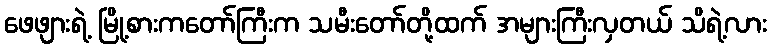
ဖေဖျားရဲ့ မြို့စားကတော်ကြီးက သမီးတော်တို့ထက် အများကြီးလှတယ် သိရဲ့လား